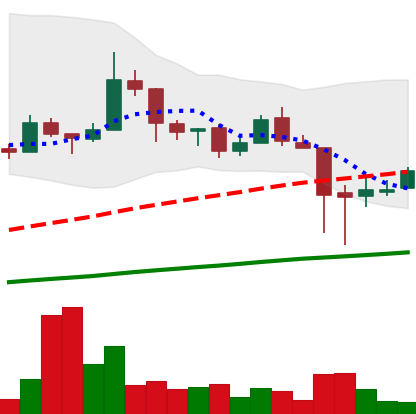
Ticker: LTC-USD
Chart end date: 2018-01-20
Forward return: -14.57%
Label: down_7plus